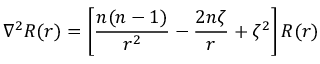
\nabla ^ { 2 } R ( r ) = \left[ { \frac { n ( n - 1 ) } { r ^ { 2 } } } - { \frac { 2 n \zeta } { r } } + \zeta ^ { 2 } \right] R ( r )